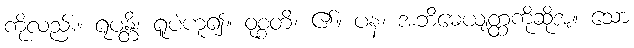
ကိုလည်း။ ရူပန္တိ၊ ရူပံဟူ၍။ ဝုစ္စတိ၊ ၏။ ပန၊ အဘိဓေယျတ္ထကိုဆိုအံ့။ သော